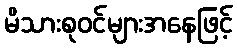
မိသားစုဝင်များအနေဖြင့်